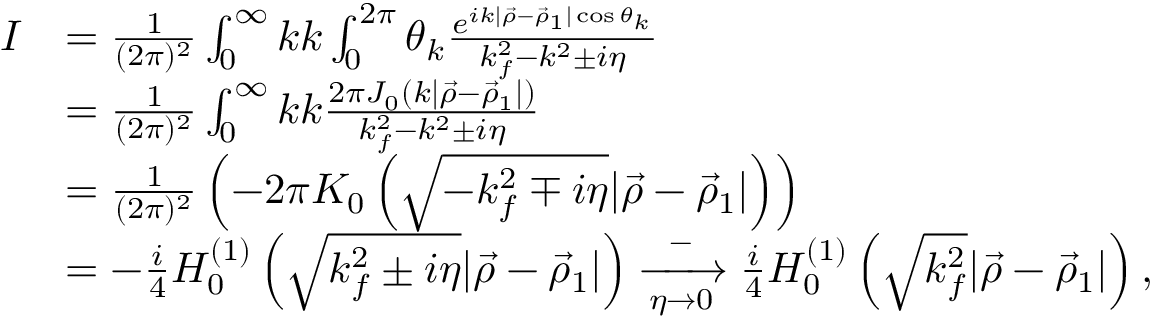
\begin{array} { r l } { I } & { = \frac { 1 } { ( 2 \pi ) ^ { 2 } } \int _ { 0 } ^ { \infty } k \d k \int _ { 0 } ^ { 2 \pi } \d \theta _ { k } \frac { e ^ { i k \vert \vec { \rho } - \vec { \rho } _ { 1 } \vert \cos \theta _ { k } } } { k _ { f } ^ { 2 } - k ^ { 2 } \pm i \eta } } \\ & { = \frac { 1 } { ( 2 \pi ) ^ { 2 } } \int _ { 0 } ^ { \infty } k \d k \frac { 2 \pi J _ { 0 } \left( k \vert \vec { \rho } - \vec { \rho } _ { 1 } \vert \right) } { k _ { f } ^ { 2 } - k ^ { 2 } \pm i \eta } } \\ & { = \frac { 1 } { ( 2 \pi ) ^ { 2 } } \left( - 2 \pi K _ { 0 } \left( \sqrt { - k _ { f } ^ { 2 } \mp i \eta } \vert \vec { \rho } - \vec { \rho } _ { 1 } \vert \right) \right) } \\ & { = - \frac { i } { 4 } H _ { 0 } ^ { ( 1 ) } \left( \sqrt { k _ { f } ^ { 2 } \pm i \eta } \vert \vec { \rho } - \vec { \rho } _ { 1 } \vert \right) \xrightarrow [ \eta \to 0 ] - \frac { i } { 4 } H _ { 0 } ^ { ( 1 ) } \left( \sqrt { k _ { f } ^ { 2 } } \vert \vec { \rho } - \vec { \rho } _ { 1 } \vert \right) , } \end{array}